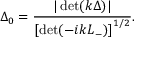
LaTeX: \Delta _ { 0 } = \frac { | \operatorname * { d e t } ( k \Delta ) | } { \left[ \operatorname * { d e t } ( - i k L _ { - } ) \right] ^ { 1 / 2 } } .